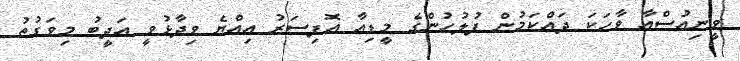
ވީނިއުސްއާ ވާހަކަ ދައްކަމުން ފުލުހުންގެ މީޑިއާ އޮފިސަރު އިއްޔެ ވިދާޅުވީ އަދީބު މިވަގުތު